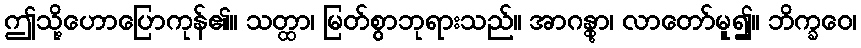
ဤသို့ဟောပြောကုန်၏။ သတ္ထာ၊ မြတ်စွာဘုရားသည်။ အာဂန္တွာ၊ လာတော်မူ၍။ ဘိက္ခဝေ၊